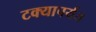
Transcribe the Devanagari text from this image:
टक्यापर्यंत